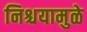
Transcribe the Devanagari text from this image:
निश्चयामुळे